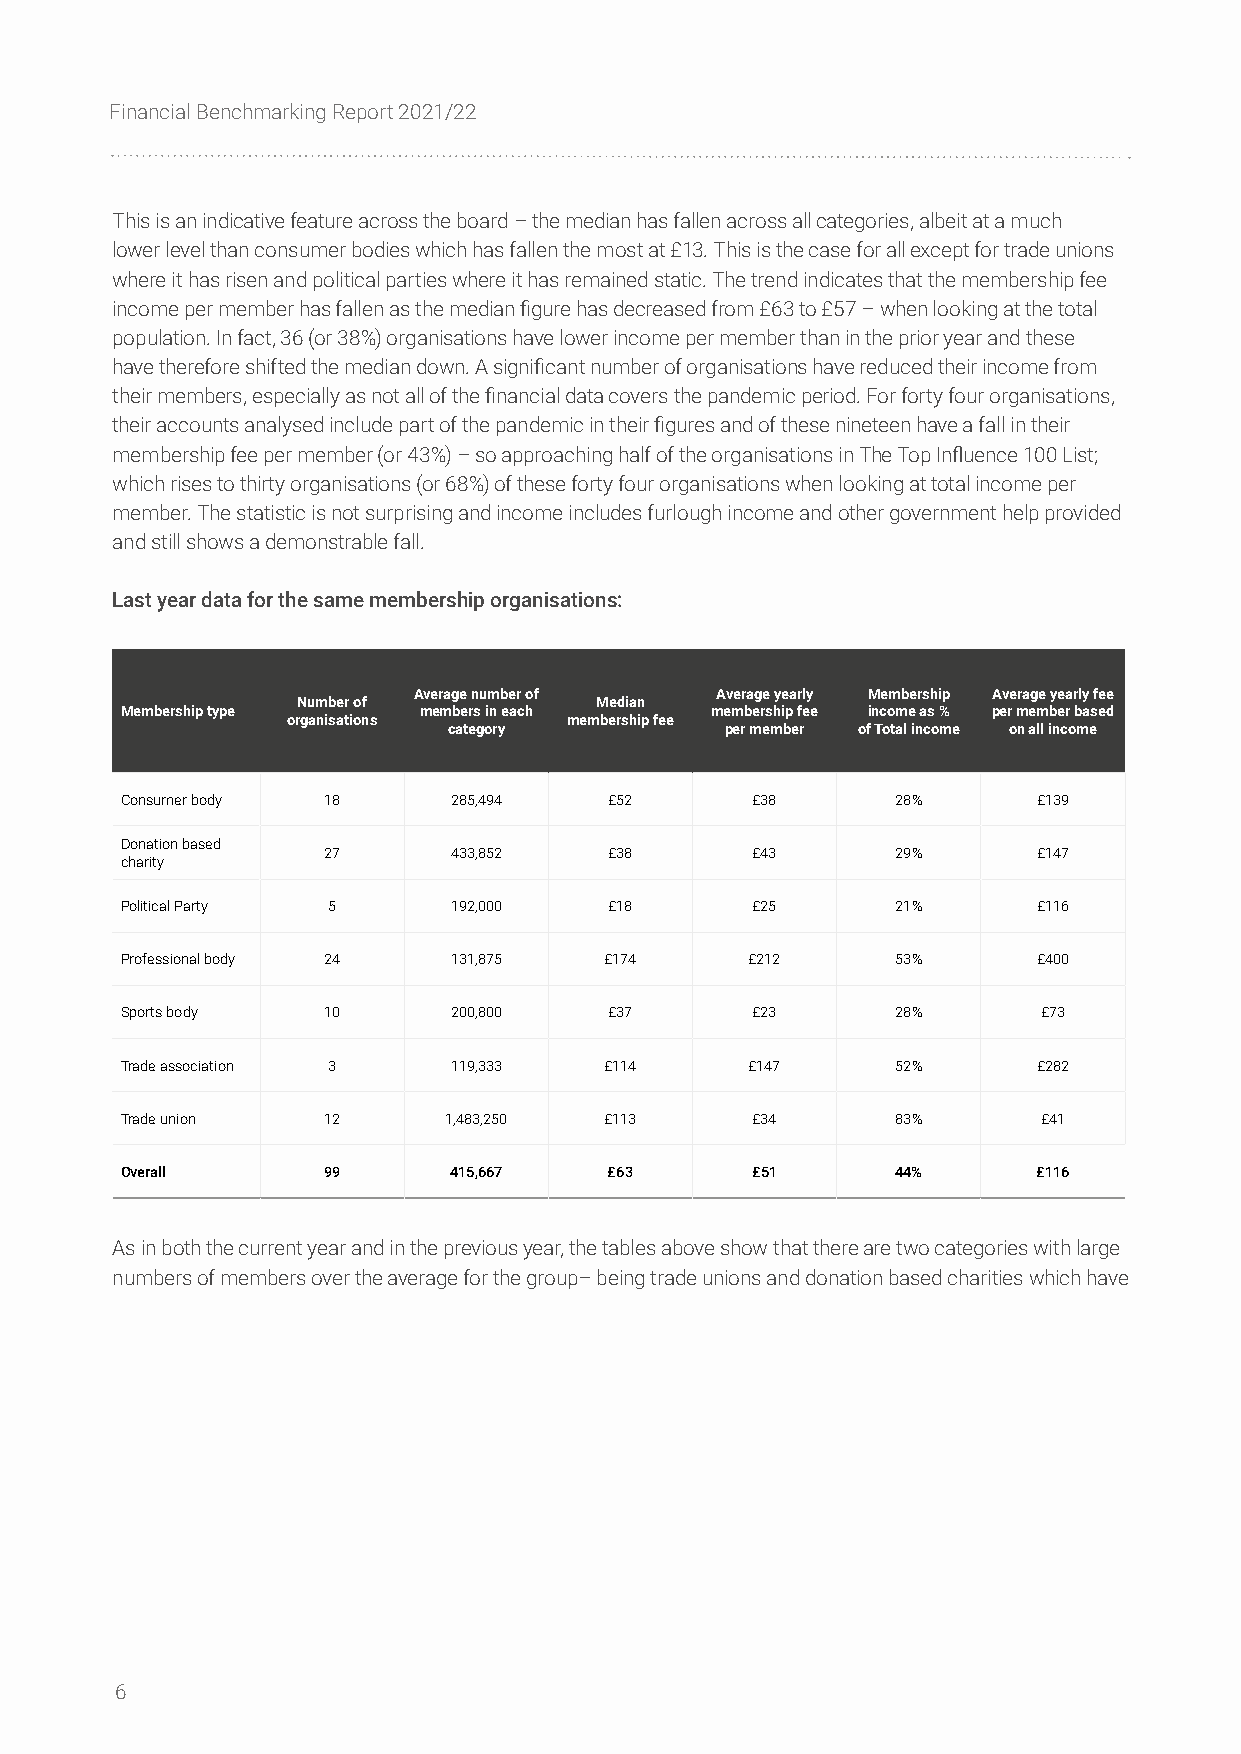
Financial Benchmarking Report 2021/22
 This is an indicative feature across the board – the median has fallen across all categories, albeit at a much
 lower level than consumer bodies which has fallen the most at £13. This is the case for all except for trade unions
 where it has risen and political parties where it has remained static. The trend indicates that the membership fee
 income per member has fallen as the median figure has decreased from £63 to £57 – when looking at the total
 population. In fact, 36 (or 38%) organisations have lower income per member than in the prior year and these
 have therefore shifted the median down. A significant number of organisations have reduced their income from
 their members, especially as not all of the financial data covers the pandemic period. For forty four organisations,
 their accounts analysed include part of the pandemic in their figures and of these nineteen have a fall in their
 membership fee per member (or 43%) – so approaching half of the organisations in The Top Influence 100 List;
 which rises to thirty organisations (or 68%) of these forty four organisations when looking at total income per
 member. The statistic is not surprising and income includes furlough income and other government help provided
 and still shows a demonstrable fall.
 Last year data for the same membership organisations:
 Average number of   Average yearly Membership Average yearly fee
 Number of          Median
 Membership type     members in each    membership fee income as % per member based
 organisations      membership fee
 category          per member of Total income on all income
 Consumer body 18      285,494   £52       £38      28%       £139
 Donation based
 27       433,852   £38       £43      29%       £147
 charity
 Political Party 5     192,000   £18       £25      21%       £116
 Professional body 24  131,875   £174      £212     53%       £400
 Sports body  10       200,800   £37       £23      28%       £73
 Trade association 3   119,333   £114      £147     52%       £282
 Trade union  12      1,483,250  £113      £34      83%       £41
 Overall      99       415,667   £63       £51      44%       £116
 As in both the current year and in the previous year, the tables above show that there are two categories with large
 numbers of members over the average for the group– being trade unions and donation based charities which have
 6